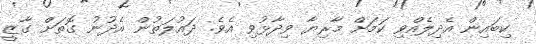
ކިބައިން އެދިލެއްވި ކަމަށް މާރިޔާ ވިދާޅުވި އެވެ. ދައުލަތުން އެދުނު ގޮތަށް ގާޒީ